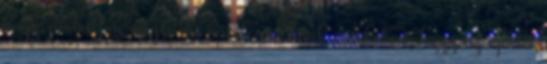
hogy próbáljon megtenni mindent annak érdekében, hogy az épület